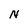
Character: N